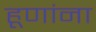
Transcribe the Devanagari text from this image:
हूणांना